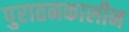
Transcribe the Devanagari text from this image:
पुरातनकालीन